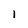
Character: 1